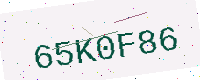
Text: 65K0F86